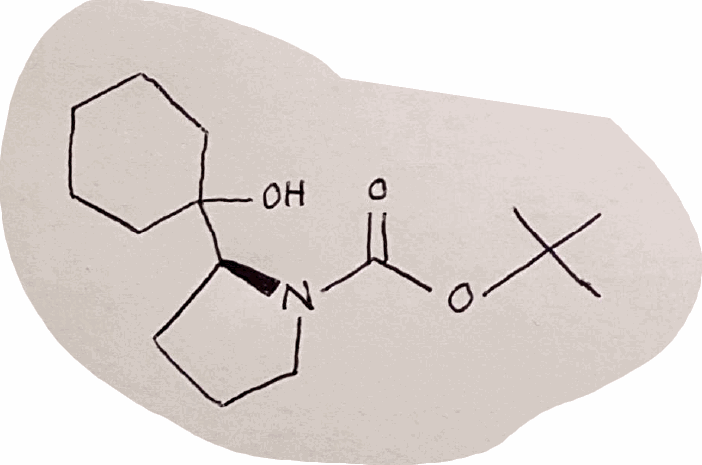
Simplified molecular-input line-entry system (SMILES) notation of the given molecule:
CC(C)(C)OC(=O)N1CCC[C@H]1C2(CCCCC2)O